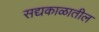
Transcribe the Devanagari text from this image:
सद्यकाळातील